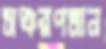
সঞ্চরণমান